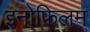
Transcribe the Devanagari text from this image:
इनोफ़िलम